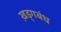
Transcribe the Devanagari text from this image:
ख़ड्गबंध